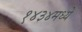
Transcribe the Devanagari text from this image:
१४३४मध्ये